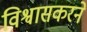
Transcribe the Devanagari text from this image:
विश्वासकरने